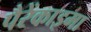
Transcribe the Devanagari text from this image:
पैरेंकाइमा